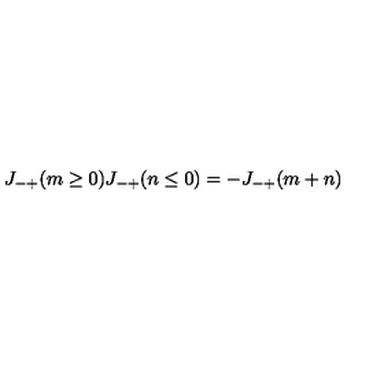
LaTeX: J _ { - + } ( m \ge 0 ) J _ { - + } ( n \le 0 ) = - J _ { - + } ( m + n )